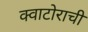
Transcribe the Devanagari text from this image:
क्वाटोराची